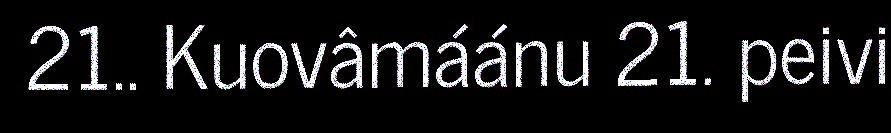
21.. Kuovâmáánu 21. peivi